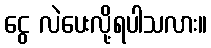
ငွေ လဲပေးလို့ရပါသလား။